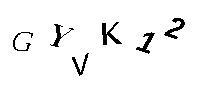
GYVK12